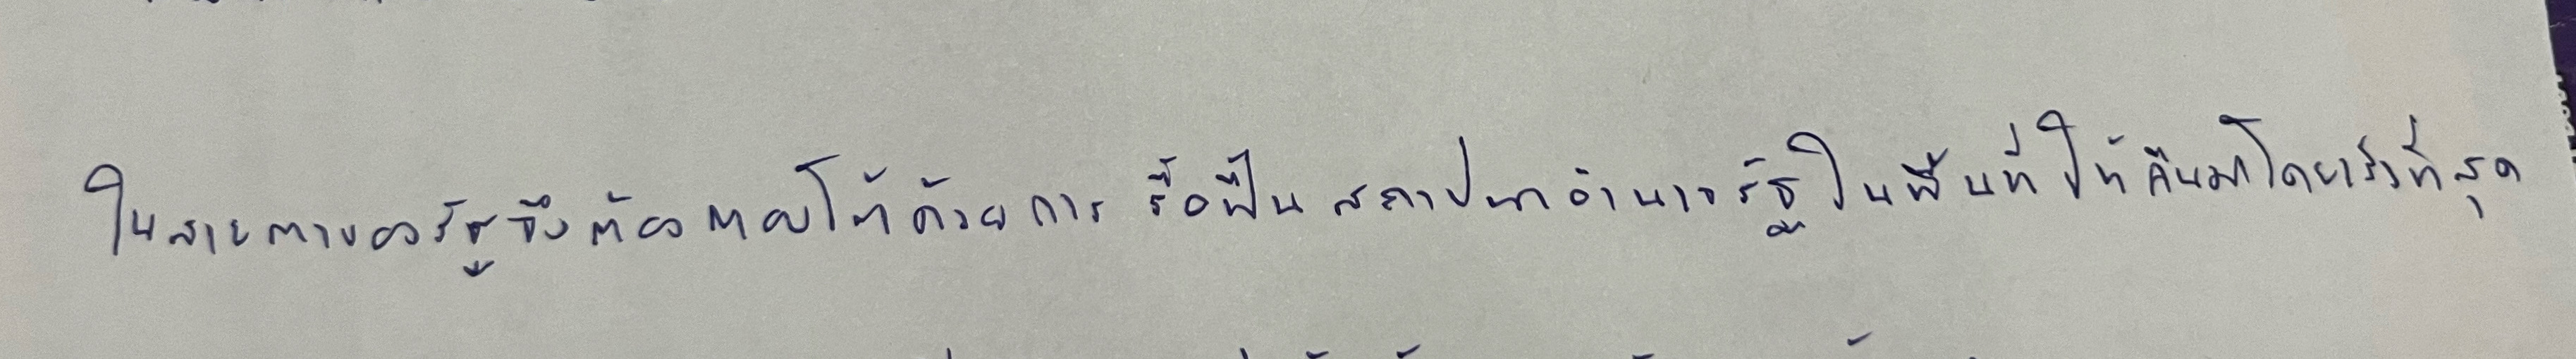
ในสายตาของรัฐจึงต้องตอบโต้ด้วยการรื้อฟื้นสถาปนาอำนาจรัฐในพื้นที่ให้คืนมาโดยเร็วที่สุด